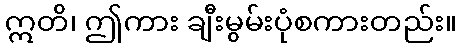
ဣတိ၊ ဤကား ချီးမွမ်းပုံစကားတည်း။